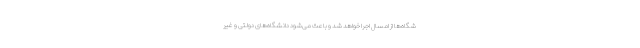
شگاه‌ها از امسال اجرا خواهد شد و باعث می‌شود دانشگاه‌های دولتی و غیر